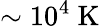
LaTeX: \sim 10^{4}\mathrm{~K~}